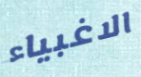
الاغبياء